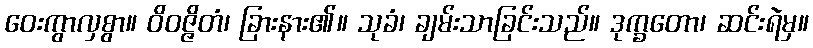
ဝေးကွာလှစွာ။ ဝိဝဇ္ဇိတံ၊ ခြားနား၏။ သုခံ၊ ချမ်းသာခြင်းသည်။ ဒုက္ခတော၊ ဆင်းရဲမှ။